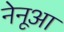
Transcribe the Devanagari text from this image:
नेनूआ